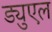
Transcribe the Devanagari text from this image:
ड्युएल